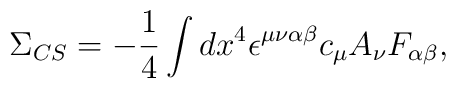
\Sigma _{CS}=-\frac{1}{4}\int dx^{4}\epsilon ^{\mu \nu \alpha \beta }c_{\mu}A_{\nu }F_{\alpha \beta },